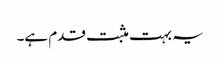
یہ بہت مثبت قدم ہے۔